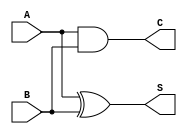
module half_adder( //Half Adder

input	A, B, // Input Data
output	S, C //S is Sum, C is Carry
);

assign	C = A & B; // AND operation
assign	S = A ^ B; // XOR operation

endmodule

////////////////////////////

module full_adder( //Full Adder

input	A, B, Cin, // Input Data
output	S, C

);


	wire	S1,S2,C1,C2;
//	wire	S, C;
// instantiation
half_adder	ha1(
		.A(A),
		.B(B), 
		.S(S1), 
		.C(C1));
half_adder	ha2(
		.A(Cin), 
		.B(S1), 
		.S(S2), 
		.C(C2));


assign	S = S2;
assign	C = C1 | C2;

endmodule


///////////////////////////////////
module wallace_tree( // 4-bit Multiplier using Wallace Tree

input	wire	[3:0]	A,
input	wire	[3:0]	B,
output	wire	[7:0]	O
);

wire	[11:0]	s;
wire	[11:0]	c;
reg	p	[3:0]	[3:0];
integer	i,j;

 always	@(A or B) begin // setting p[j][i]
	for(i=0; i<=3; i=i+1)
	for(j=0; j<=3; j=j+1)

p[j][i]	<= A[j]	& B[i];

 end
// Half Adder instantiation
half_adder	HA1(
		.A(p[0][1]),
		.B(p[1][0]),
		.S(s[0]),
		.C(c[0])
		);
// it's critical error. I mistake adding carry.
/*
half_adder	HA2(
		.A(s[5]),
		.B(c[4]),
		.S(s[8]),
		.C(c[5])
		);

half_adder	HA3(
		.A(s[6]),
		.B(c[5]),
		.S(s[9]),
		.C(c[6])
		);

half_adder	HA4(
		.A(s[7]),
		.B(c[6]),
		.S(s[10]),
		.C(c[7])
		);

half_adder	HA5(
		.A(p[3][3]),
		.B(c[7]),
		.S(s[11]),
		.C(c[8])
		);
*/
// Full Adder Instantiation
full_adder	FA1(
		.A(p[0][2]),
		.B(p[1][1]),
		.Cin(p[2][0]),
		.S(s[1]),
		.C(c[1])
		);

full_adder	FA2(
		.A(p[0][3]),
		.B(p[1][2]),
		.Cin(p[2][1]),
		.S(s[2]),
		.C(c[2])
		);

full_adder	FA3(
		.A(1'b0),
		.B(p[1][3]),
		.Cin(p[2][2]),
		.S(s[3]),
		.C(c[3])
		);

full_adder	FA4(
		.A(s[1]),
		.B(c[0]),
		.Cin(1'b0),
		.S(s[4]),
		.C(c[4])
		);

full_adder	FA5(
		.A(s[2]),
		.B(c[1]),
		.Cin(p[3][0]),
		.S(s[5]),
		.C(c[5])
		);

full_adder	FA6(
		.A(s[3]),
		.B(c[2]),
		.Cin(p[3][1]),
		.S(s[6]),
		.C(c[6])
		);

full_adder	FA7(
		.A(p[2][3]),
		.B(c[3]),
		.Cin(p[3][2]),
		.S(s[7]),
		.C(c[7])
		);

full_adder	FA8(
		.A(s[5]),
		.B(c[4]),
		.Cin(1'b0),
		.S(s[8]),
		.C(c[8])
		);

full_adder	FA9(
		.A(s[6]),
		.B(c[5]),
		.Cin(c[8]),
		.S(s[9]),
		.C(c[9])
		);

full_adder	FA10(
		.A(s[7]),
		.B(c[6]),
		.Cin(c[9]),
		.S(s[10]),
		.C(c[10])
		);

full_adder	FA11(
		.A(p[3][3]),
		.B(c[7]),
		.Cin(c[10]),
		.S(s[11]),
		.C(c[11])
		);

// Output Setting
assign	O[0]	=	p[0][0];
assign	O[1]	=	s[0];
assign	O[2]	=	s[4];
assign	O[3]	=	s[8];
assign	O[4]	=	s[9];
assign	O[5]	=	s[10];
assign	O[6]	=	s[11];
assign	O[7]	=	c[11];
	
endmodule

// Stimulus for Test Bench

module tb;
reg	[3:0]	A;
reg	[3:0]	B;
wire	[7:0]	O;

wallace_tree	UUT( // Unit Under Test
		.A(A),
		.B(B),
		.O(O)
		);

initial	begin

	A = 4'b0000; B = 4'b0000; #10;
	A = 4'b0010; B = 4'b0100; #10;
	A = 4'b0111; B = 4'b0111; #10;
	A = 4'b0001; B = 4'b1100; #10;
	A = 4'b0011; B = 4'b0110; #10;
	A = 4'b0001; B = 4'b1111; #10;
	A = 4'b1111; B = 4'b1111; #10;
	A = 4'b1101; B = 4'b0100; #10;

end

initial	begin

$display("A	|	B	|	Out");
$monitor("%b	|	%b	|	%b", A,B,O);

end

initial	begin

$dumpfile("wallace_tree.vcd");
$dumpvars;
#90
$finish;
end

endmodule